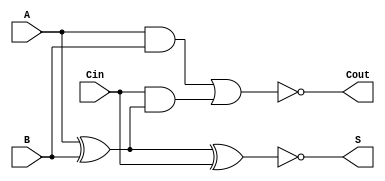
module NegativeCircuitFullAdder (
    input wire A,
    input wire B,
    input wire Cin,
    output wire S,
    output wire Cout
);

// Intermediate Signals
wire AB;                 // A AND B
wire A_B;               // A XOR B
wire A_B_Cin;           // (A XOR B) XOR Cin

// Logic for Sum Output (S)
assign A_B = A ^ B;                         // A XOR B
assign A_B_Cin = A_B ^ Cin;                 // (A XOR B) XOR Cin
assign S = ~(A_B_Cin);                       // Inverting the result for Negative Logic

// Logic for Carry Output (Cout)
assign AB = A & B;                           // A AND B
assign Cout = ~(AB | (Cin & A_B));          // Cout = NOT((A AND B) OR (Cin AND (A XOR B)))

endmodule